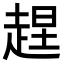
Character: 𧻼